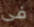
فى